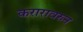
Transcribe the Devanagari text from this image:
करारावरुन